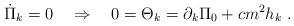
\begin{align*}\dot{\Pi}_{k}=0\quad \Rightarrow \quad 0=\Theta _{k}=\partial _{k}\Pi_{0}+cm^{2}h_{k}\ .\end{align*}